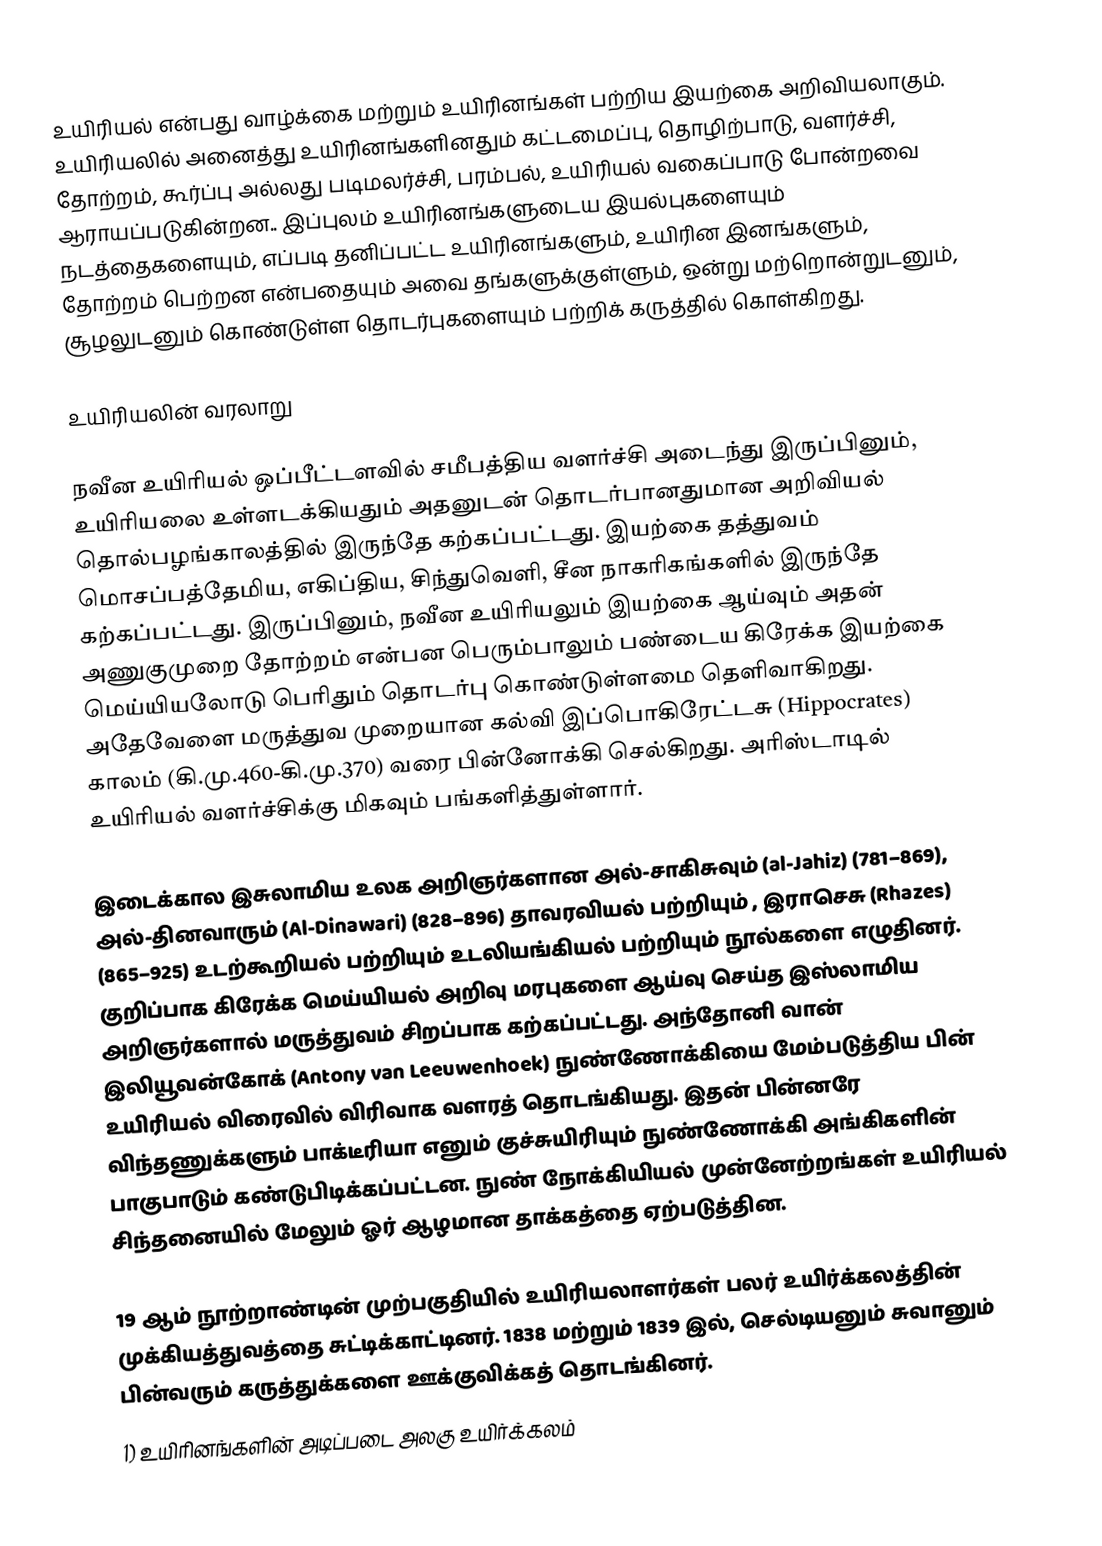
உயிரியல் என்பது வாழ்க்கை மற்றும் உயிரினங்கள் பற்றிய இயற்கை அறிவியலாகும். உயிரியலில் அனைத்து உயிரினங்களினதும் கட்டமைப்பு, தொழிற்பாடு, வளர்ச்சி, தோற்றம், கூர்ப்பு அல்லது படிமலர்ச்சி, பரம்பல்,  உயிரியல் வகைப்பாடு போன்றவை ஆராயப்படுகின்றன.. இப்புலம் உயிரினங்களுடைய இயல்புகளையும் நடத்தைகளையும், எப்படி தனிப்பட்ட உயிரினங்களும், உயிரின இனங்களும், தோற்றம் பெற்றன என்பதையும் அவை தங்களுக்குள்ளும், ஒன்று மற்றொன்றுடனும், சூழலுடனும் கொண்டுள்ள தொடர்புகளையும் பற்றிக் கருத்தில் கொள்கிறது.

உயிரியலின் வரலாறு

நவீன உயிரியல் ஒப்பீட்டளவில் சமீபத்திய வளர்ச்சி அடைந்து  இருப்பினும், உயிரியலை உள்ளடக்கியதும் அதனுடன் தொடர்பானதுமான அறிவியல் தொல்பழங்காலத்தில் இருந்தே கற்கப்பட்டது. இயற்கை தத்துவம் மொசப்பத்தேமிய, எகிப்திய, சிந்துவெளி,  சீன நாகரிகங்களில் இருந்தே கற்கப்பட்டது. இருப்பினும், நவீன உயிரியலும் இயற்கை ஆய்வும்  அதன் அணுகுமுறை தோற்றம் என்பன பெரும்பாலும் பண்டைய கிரேக்க இயற்கை மெய்யியலோடு பெரிதும் தொடர்பு கொண்டுள்ளமை தெளிவாகிறது. அதேவேளை மருத்துவ முறையான கல்வி இப்பொகிரேட்டசு (Hippocrates) காலம் (கி.மு.460-கி.மு.370) வரை பின்னோக்கி செல்கிறது. அரிஸ்டாடில் உயிரியல் வளர்ச்சிக்கு மிகவும் பங்களித்துள்ளார்.

இடைக்கால இசுலாமிய உலக அறிஞர்களான அல்-சாகிசுவும் (al-Jahiz) (781–869), அல்-தினவாரும் (Al-Dinawari) (828–896) தாவரவியல் பற்றியும் , இராசெசு (Rhazes) (865–925) உடற்கூறியல் பற்றியும் உடலியங்கியல் பற்றியும் நூல்களை எழுதினர்.  குறிப்பாக கிரேக்க மெய்யியல் அறிவு மரபுகளை ஆய்வு செய்த இஸ்லாமிய அறிஞர்களால் மருத்துவம் சிறப்பாக கற்கப்பட்டது. அந்தோனி வான் இலியூவன்கோக்  (Antony van Leeuwenhoek) நுண்ணோக்கியை மேம்படுத்திய பின் உயிரியல் விரைவில் விரிவாக  வளரத் தொடங்கியது. இதன் பின்னரே விந்தணுக்களும் பாக்டீரியா எனும் குச்சுயிரியும் நுண்ணோக்கி அங்கிகளின் பாகுபாடும் கண்டுபிடிக்கப்பட்டன. நுண் நோக்கியியல் முன்னேற்றங்கள் உயிரியல் சிந்தனையில் மேலும் ஓர் ஆழமான தாக்கத்தை ஏற்படுத்தின.

19 ஆம் நூற்றாண்டின் முற்பகுதியில் உயிரியலாளர்கள் பலர் உயிர்க்கலத்தின்  முக்கியத்துவத்தை சுட்டிக்காட்டினர். 1838 மற்றும் 1839 இல், செல்டியனும் சுவானும் பின்வரும் கருத்துக்களை ஊக்குவிக்கத் தொடங்கினர்.
1) உயிரினங்களின் அடிப்படை அலகு உயிர்க்கலம்